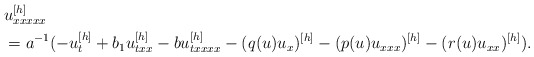
\begin{align*} &u_{xxxxx}^{[h]}\\ &=a^{-1}(-u_{t}^{[h]}+b_1u_{txx}^{[h]}-bu_{txxxx}^{[h]}-(q(u)u_x)^{[h]}-(p(u)u_{xxx})^{[h]}-(r(u)u_{xx})^{[h]}).\end{align*}